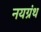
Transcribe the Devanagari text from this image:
नयग्रंथ